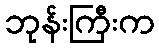
ဘုန်းကြီးက